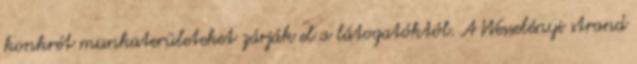
konkrét munkaterületeket zárják el a látogatóktól. A Wesselényi strand